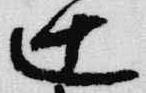
辻